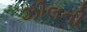
ઝીલની